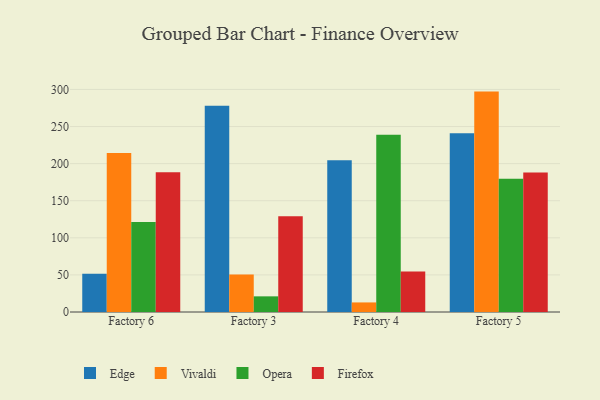
{"axis": {"x": "Factory", "y": "Bounce Rate (%)"}, "legend": ["Edge", "Firefox", "Opera", "Vivaldi"], "data": [{"x": "Factory 6", "y": 51.7, "type": "Edge"}, {"x": "Factory 6", "y": 214.2, "type": "Vivaldi"}, {"x": "Factory 6", "y": 121.4, "type": "Opera"}, {"x": "Factory 6", "y": 188.3, "type": "Firefox"}, {"x": "Factory 3", "y": 278.0, "type": "Edge"}, {"x": "Factory 3", "y": 50.5, "type": "Vivaldi"}, {"x": "Factory 3", "y": 21.1, "type": "Opera"}, {"x": "Factory 3", "y": 129.0, "type": "Firefox"}, {"x": "Factory 4", "y": 204.4, "type": "Edge"}, {"x": "Factory 4", "y": 12.9, "type": "Vivaldi"}, {"x": "Factory 4", "y": 238.8, "type": "Opera"}, {"x": "Factory 4", "y": 54.6, "type": "Firefox"}, {"x": "Factory 5", "y": 241.0, "type": "Edge"}, {"x": "Factory 5", "y": 297.1, "type": "Vivaldi"}, {"x": "Factory 5", "y": 179.7, "type": "Opera"}, {"x": "Factory 5", "y": 188.1, "type": "Firefox"}]}